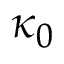
\kappa _ { 0 }